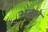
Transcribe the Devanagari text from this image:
अतुले